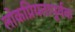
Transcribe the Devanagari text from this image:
लोकप्रियतापूर्वक